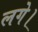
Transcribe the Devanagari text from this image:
लगे।